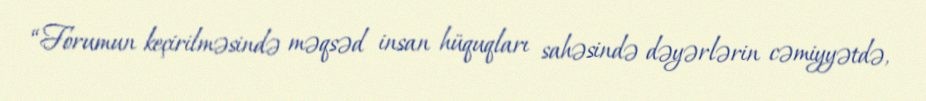
“Forumun keçirilməsində məqsəd insan hüquqları sahəsində dəyərlərin cəmiyyətdə,